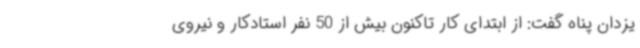
یزدان پناه گفت: از ابتدای کار تاکنون بیش از 50 نفر استادکار و نیروی